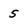
Character: 5